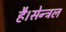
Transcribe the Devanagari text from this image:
है।सेन्ट्रल